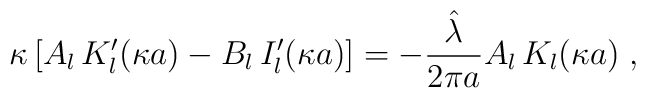
\kappa\left[A_{l}  \,K_{l}'(\kappa a)-B_{l}  \,I_{l}'(\kappa a)\right]=-\frac{\hat{\lambda} }{2 \pi a}A_{l} \,K_{l}(\kappa a)\;  ,